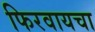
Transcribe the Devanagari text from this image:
फिरवायचा